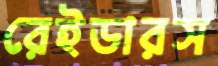
রেইডারস